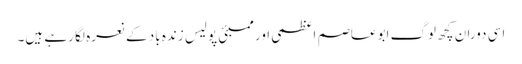
اسی دوران کچھ لوگ ابوعاصم اعظمی اور ممبئی پولیس زندہ باد کے نعرہ لگا رہے ہیں۔